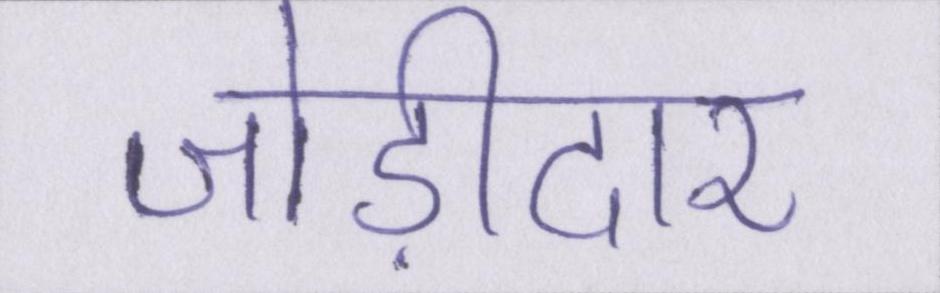
जोड़ीदार